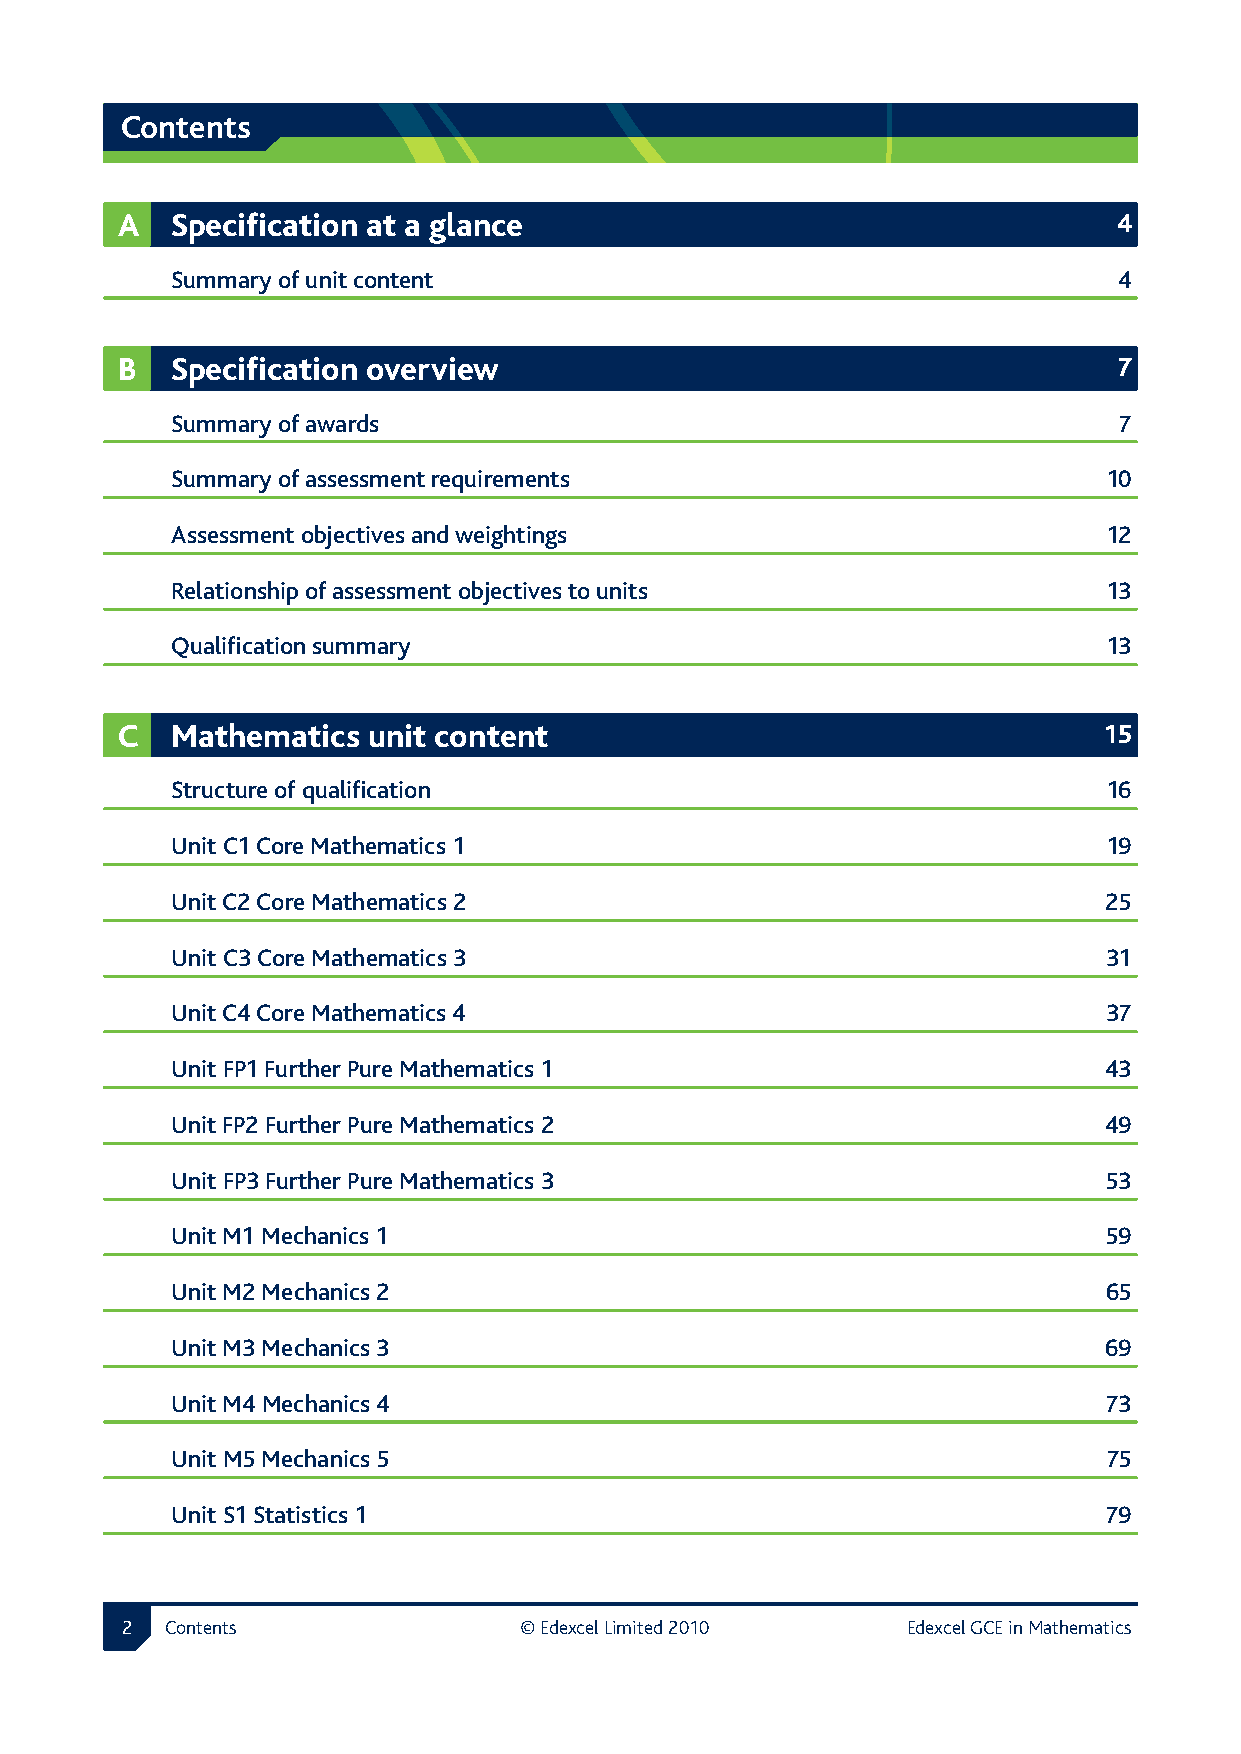
Contents
 A  Specification at a glance                                      4
 Summary of unit content                                        4
 B  Specification overview                                         7
 Summary of awards                                              7
 Summary of assessment requirements                            10
 Assessment objectives and weightings                          12
 Relationship of assessment objectives to units                13
 Qualification summary                                         13
 C  Mathematics  unit content                                     15
 Structure of qualification                                    16
 Unit C1 Core Mathematics 1                                    19
 Unit C2 Core Mathematics 2                                    25
 Unit C3 Core Mathematics 3                                    31
 Unit C4 Core Mathematics 4                                    37
 Unit FP1 Further Pure Mathematics 1                           43
 Unit FP2 Further Pure Mathematics 2                           49
 Unit FP3 Further Pure Mathematics 3                           53
 Unit M1 Mechanics 1                                           59
 Unit M2 Mechanics 2                                           65
 Unit M3 Mechanics 3                                           69
 Unit M4 Mechanics 4                                           73
 Unit M5 Mechanics 5                                           75
 Unit S1 Statistics 1                                          79
 2  Contents               © Edexcel Limited 2010    Edexcel GCE in Mathematics